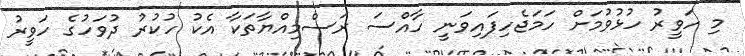
މި ހަވީރު ހުޅުވުމަށް ހަމަޖެހިފައިވަނީ ހާއްސަ ރަސްމިއްޔާތަކާ އެކު ހުކުރު ދުވަހުގެ ހަވީރު